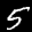
Label: 5